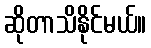
ဆိုတာသိနိုင်မယ်။